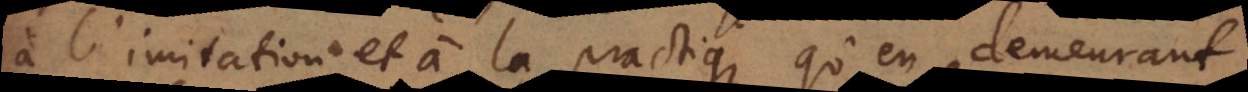
à l’imitation et à la practique, qu’en demeurant